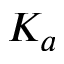
K _ { a }